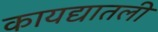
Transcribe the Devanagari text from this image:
कायद्यातली